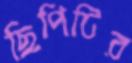
ছিপিটির